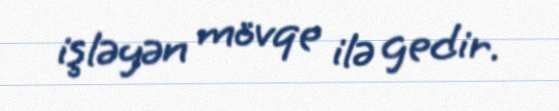
işləyən mövqe ilə gedir.